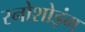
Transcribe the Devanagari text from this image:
स्नोशोइंग